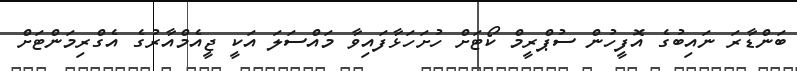
ބަންޑާރަ ނައިބުގެ އޮފީހުން ސުޕްރީމް ކޯޓަށް ހުށަހަޅާފައިވާ މައްސަލަ އަކީ ޖީއެމްއާރުގެ އެގްރިމަންޓަށް